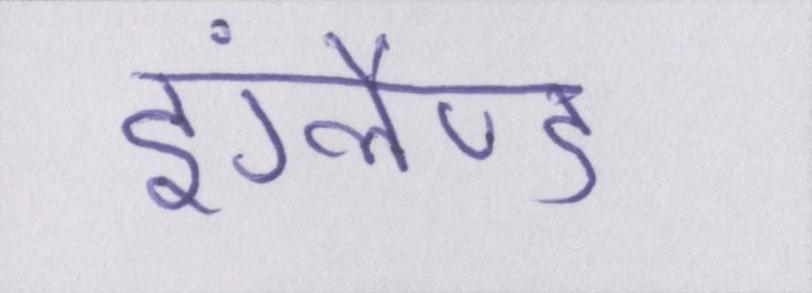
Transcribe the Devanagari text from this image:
इंग्लैण्ड